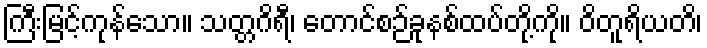
ကြီးမြင့်ကုန်သော။ သတ္တဂိရီ၊ တောင်စဉ်ခုနစ်ထပ်တို့ကို။ ဝိတူရိယတိ၊